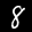
Label: 8